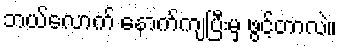
ဘယ်လောက် နောက်ကျပြီးမှ ဖွင့်တာလဲ။